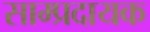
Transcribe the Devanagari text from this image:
साम्प्रदायक